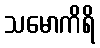
သမောကိရိ